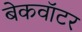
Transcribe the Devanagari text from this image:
बेकवॉटर